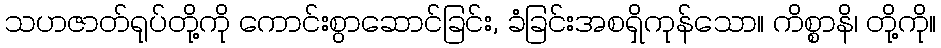
သဟဇာတ်ရုပ်တို့ကို ကောင်းစွာဆောင်ခြင်း, ခံခြင်းအစရှိကုန်သော။ ကိစ္စာနိ၊ တို့ကို။